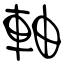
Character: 軸